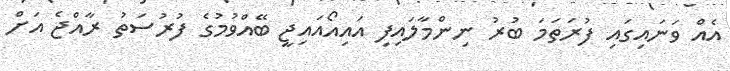
އެއް ވަނައިގައި ފުރަތަމަ ބުރު ނިންމާލައިފި އައިއޯއައިޖީ ބޭއްވުމުގެ ފުރުސަތު ރާއްޖެ އަށް